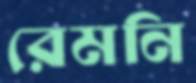
রেমনি